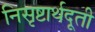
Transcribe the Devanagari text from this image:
निसृष्टार्थदूती